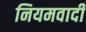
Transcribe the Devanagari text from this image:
नियमवादी